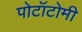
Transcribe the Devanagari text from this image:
पोटॉटोमी